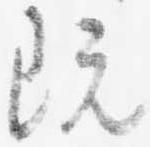
既